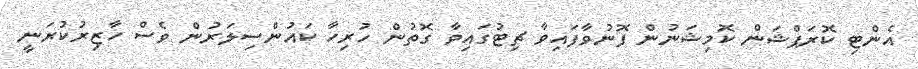
އެންޓި ކޮރަޕްޝަން ކޮމިޝަނުން ފޮނުވާފައިވާ ޗިޓުގައިވާ ގޮތުން ހުރިހާ ކައުންސިލަރުން ވެސް ހާޒިރުކުރަނީ